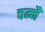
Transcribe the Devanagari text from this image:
चन्नै